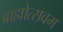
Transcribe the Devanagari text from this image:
ब्राह्मोत्सवम